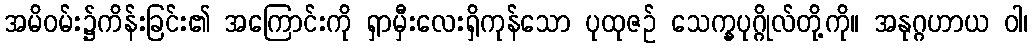
အမိဝမ်း၌ကိန်းခြင်း၏ အကြောင်းကို ရှာမှီးလေးရှိကုန်သော ပုထုဇဉ် သေက္ခပုဂ္ဂိုလ်တို့ကို။ အနုဂ္ဂဟာယ ဝါ၊